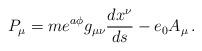
LaTeX: \begin{align*}P_{\mu} = m e^{a\phi} g_{\mu\nu} \frac{dx^{\nu}}{ds} - e_0 A_{\mu}\, .\end{align*}